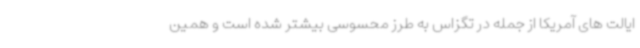
ایالت های آمریکا از جمله در تگزاس به طرز محسوسی بیشتر شده است و همین